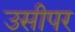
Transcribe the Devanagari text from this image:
उसीपर